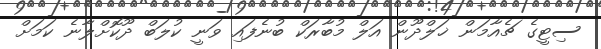
ސިޓީގެ ޗެއާމަން ޚަލްދޫން އަލް މުބާރަކް ބުނެފައި ވަނީ ކުލަބް ދޫކޮށްލާނެ ކަމަށް